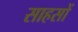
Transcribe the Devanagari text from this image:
साहसों